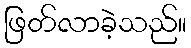
ဖြတ်လာခဲ့သည်။